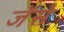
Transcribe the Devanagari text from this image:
जॅसे